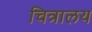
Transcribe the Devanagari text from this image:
चित्रालय